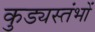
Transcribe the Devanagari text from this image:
कुड्यस्तंभों